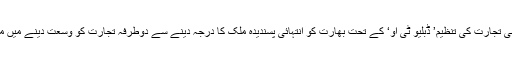
مشترکہ اعلامیہ میں کہا گیا ہے کہ پاکستان اس بات کو تسلیم کرتا ہے کہ عالمی تجارت کی تنظیم’ ڈبلیو ٹی او‘ کے تحت بھارت کو انتہائی پسندیدہ ملک کا درجہ دینے سے دوطرفہ تجارت کو وسعت دینے میں مدد ملے گی تاہم اس بارے میں بیان میں مزید کوئی تفصیلات نہیں دی گئی ہیں۔